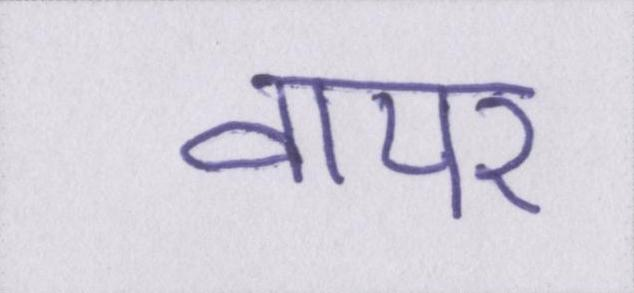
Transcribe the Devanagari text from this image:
वायर